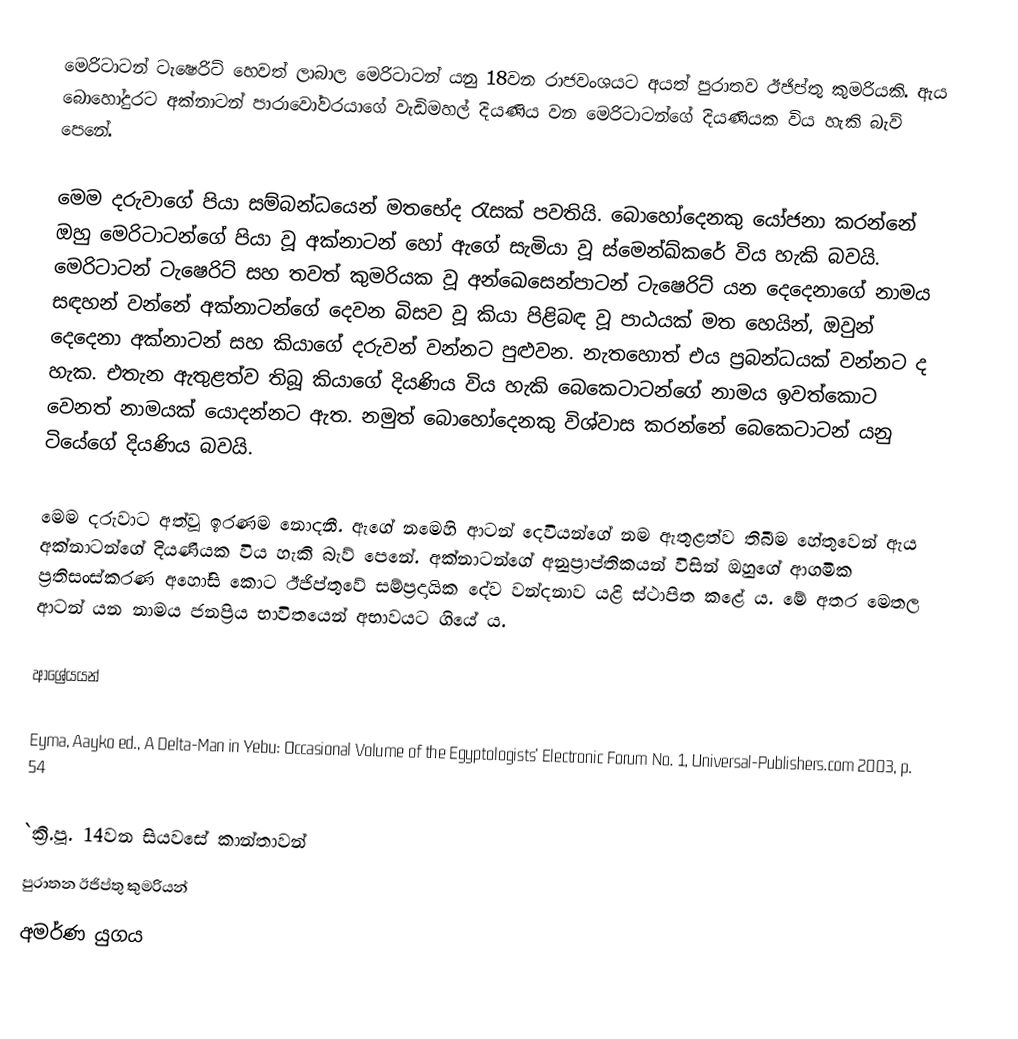
මෙරිටාටන් ටැෂෙරිට් හෙවත් ලාබාල මෙරිටාටන් යනු 18වන රාජවංශයට අයත් පුරාතව ඊජිප්තු කුමරියකි. ඇය බොහෝදුරට අක්නාටන් පාරාවෝවරයාගේ වැඩිමහල් දියණිය වන මෙරිටාටන්ගේ දියණියක විය හැකි බැව් පෙනේ.‍

මෙම දරුවාගේ පියා සම්බන්ධයෙන් මතභේද රැසක් පවතියි. බොහෝදෙනකු යෝජනා කරන්නේ ඔහු මෙරිටාටන්ගේ පියා වූ අක්නාටන් හෝ ඇගේ සැමියා වූ ස්මෙන්ඛ්කරේ විය හැකි බවයි. මෙරිටාටන් ටැෂෙරිට් සහ තවත් කුමරියක වූ අන්ඛෙසෙන්පාටන් ටැෂෙරිට් යන දෙදෙනාගේ නාමය සඳහන් වන්නේ අක්නාටන්ගේ දෙවන බිසව වූ කියා පිළිබඳ වූ පාඨයක් මත හෙයින්, ඔවුන් දෙදෙනා අක්නාටන් සහ කියාගේ දරුවන් වන්නට පුළුවන. නැතහොත් එය ප්‍රබන්ධයක් වන්නට ද හැක. එතැන ඇතුළත්ව තිබූ කියාගේ දියණිය විය හැකි බෙකෙටාටන්ගේ නාමය ඉවත්කොට වෙනත් නාමයක් යොදන්නට ඇත. නමුත් බොහෝදෙනකු විශ්වාස කරන්නේ බෙකෙටාටන් යනු ටියේගේ දියණිය බවයි.

මෙම දරුවාට අත්වූ ඉරණම නොදනී. ඇගේ නමෙහි ආටන් දෙවියන්ගේ නම ඇතුළත්ව තිබීම හේතුවෙන් ඇය අක්නාටන්ගේ දියණියක විය හැකි බැව් පෙනේ. අක්නාටන්ගේ අනුප්‍රාප්තිකයන් විසින් ඔහුගේ ආගමික ප්‍රතිසංස්කරණ අහෝසි කොට ඊජිප්තුවේ සම්ප්‍රදායික දේව වන්දනාව යළි ස්ථාපිත කළේ ය. මේ අතර මෙතල ආටන් යන නාමය ජනප්‍රිය භාවිතයෙන් අභාවයට ගියේ ය.

ආශ්‍රේයයන්

Eyma, Aayko ed., A Delta-Man in Yebu: Occasional Volume of the Egyptologists' Electronic Forum No. 1, Universal-Publishers.com 2003, p. 54

`ක්‍රි.පූ. 14වන සියවසේ කාන්තාවන්
පුරාතන ඊජිප්තු කුමරියන්
අමර්ණ යුගය